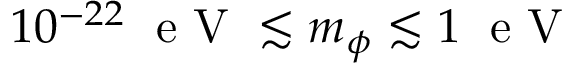
1 0 ^ { - 2 2 } \; \mathrm { ~ e ~ V ~ } \lesssim m _ { \phi } \lesssim 1 \; \mathrm { ~ e ~ V ~ }